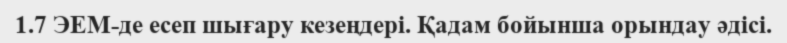
1.7 ЭЕМ-де есеп шығару кезеңдері. Қадам бойынша орындау әдісі.